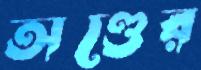
অণ্ডের